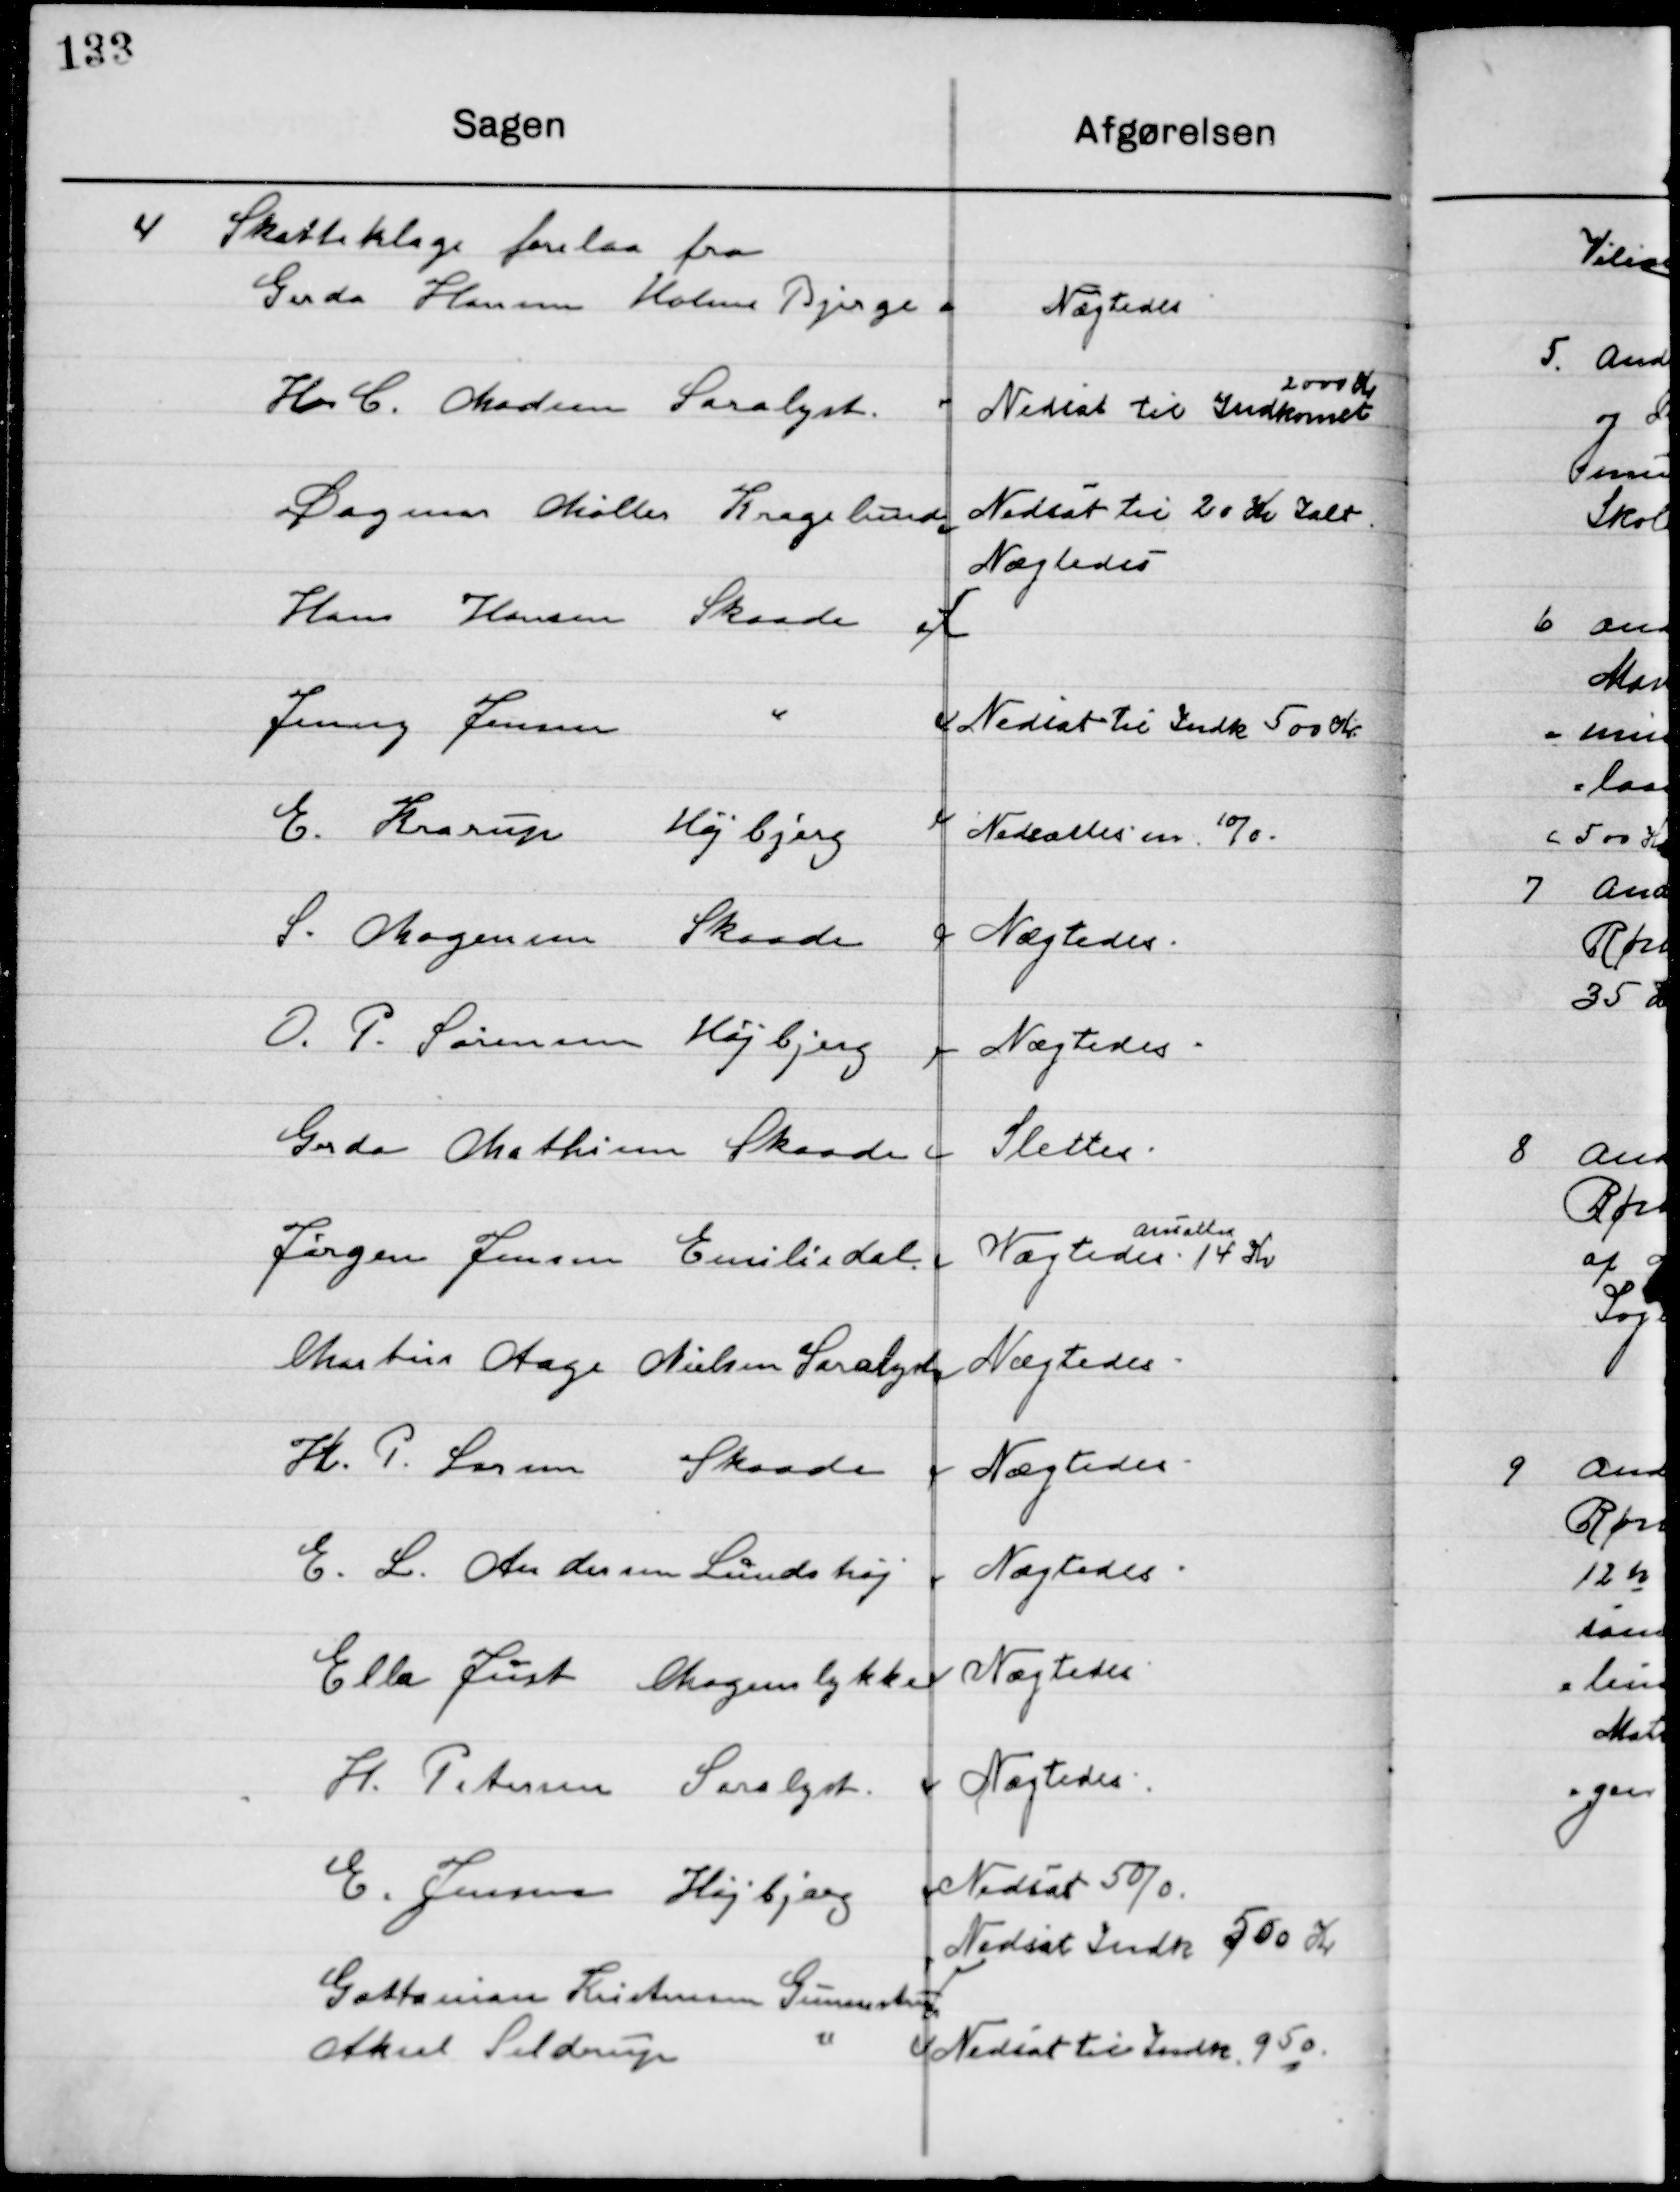
Transskription:
4

Skatteklage forelaa fra